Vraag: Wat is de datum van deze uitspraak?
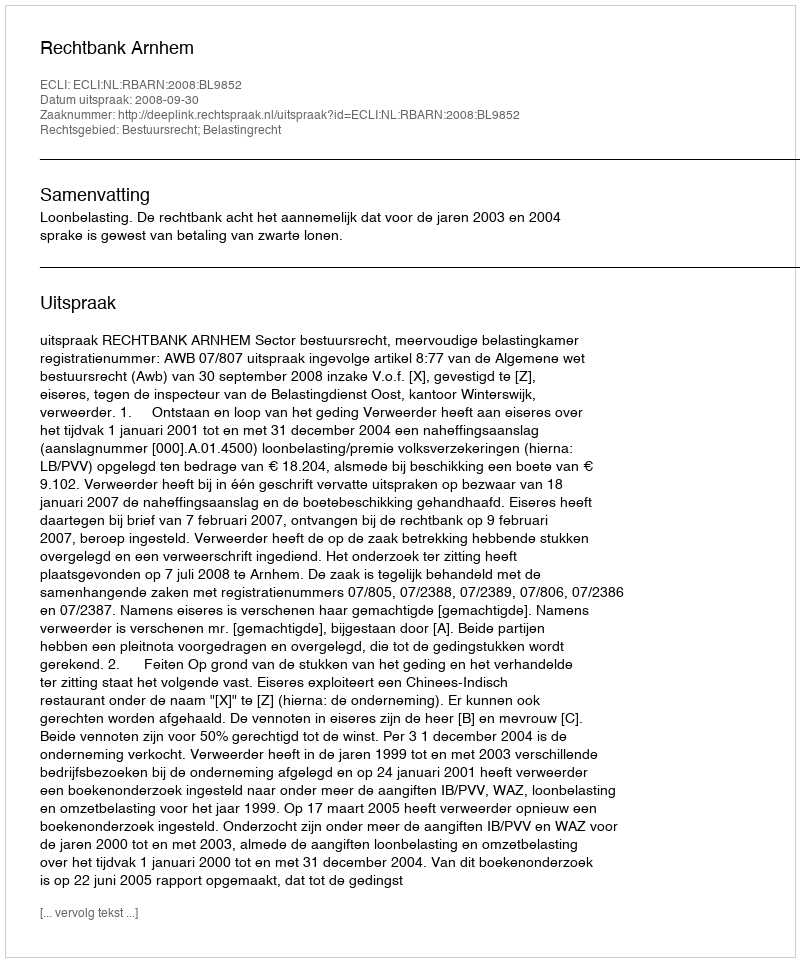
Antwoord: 2008-09-30